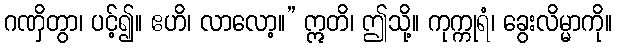
ဂဏှိတွာ၊ ပင့်၍။ ဧဟိ၊ လာလော့။” ဣတိ၊ ဤသို့။ ကုက္ကုရံ၊ ခွေးလိမ္မာကို။